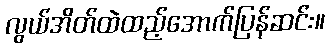
လွယ်အိတ်ထဲထည့်အောက်ပြန်ဆင်း။